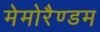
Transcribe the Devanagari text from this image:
मेमोरैण्डम